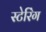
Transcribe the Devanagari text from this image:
स्टेरिंग